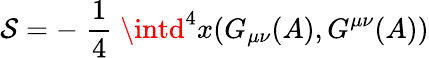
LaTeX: \mathcal{S}=-\; \frac{{1}}{{4}}\; \intd^{4}x(G_{\mu\nu}(A),G^{\mu\nu}(A))